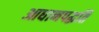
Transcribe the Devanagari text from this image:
आधानपद्धति